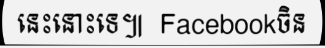
នេះនោះទេ៕  Facebookចិន